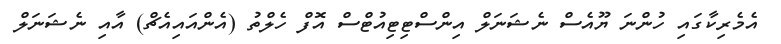
އެމެރިކާގައި ހުންނަ ޔޫއެސް ނެޝަނަލް އިންސްޓިޓިއުޓްސް އޮފް ހެލްތު (އެންއައިއެޗް) އާއި ނެޝަނަލް